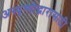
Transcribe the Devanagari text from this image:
अस्पृश्योद्धारासाठी